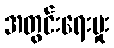
အတွင်းရေးမှုး